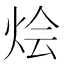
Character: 烩